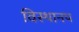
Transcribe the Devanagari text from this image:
विस्थानप